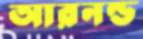
আরনল্ড